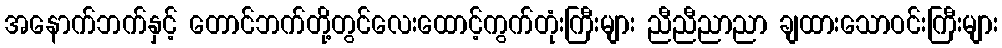
အနောက်ဘက်နှင့် တောင်ဘက်တို့တွင်လေးထောင့်ကွက်တုံးကြီးများ ညီညီညာညာ ချထားသောဝင်းကြီးများ